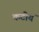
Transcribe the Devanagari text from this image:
कटीयं